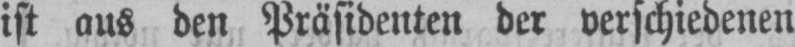
ist aus den Präsidenten der verschiedenen